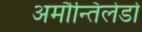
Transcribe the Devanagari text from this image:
अमौन्तिलेडो